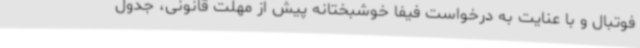
فوتبال و با عنایت به درخواست فیفا خوشبختانه پیش از مهلت قانونی، جدول